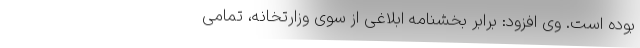
بوده است. وی افزود: برابر بخشنامه ابلاغی از سوی وزارتخانه، تمامی